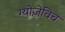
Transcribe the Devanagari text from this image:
ग्योज़ेविच